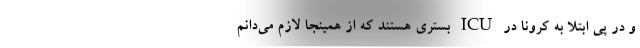
و در پی ابتلا به کرونا در ICU بستری هستند که از همینجا لازم می‌دانم